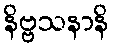
နိဗ္ဗသနာနိ